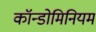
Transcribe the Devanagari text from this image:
कॉन्डोमिनियम